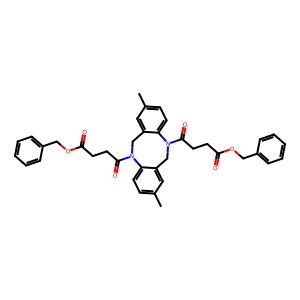
SMILES: Cc1ccc2c(c1)CN(C(=O)CCC(=O)OCc1ccccc1)c1ccc(C)cc1CN2C(=O)CCC(=O)OCc1ccccc1
Inhibits HIV replication: No